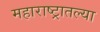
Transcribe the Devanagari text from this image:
महाराष्‍ट्रातल्या